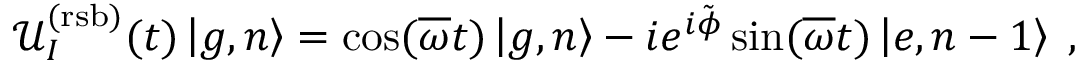
\mathcal { U } _ { I } ^ { ( \mathrm { r s b ) } } ( t ) \left| g , n \right\rangle = \cos ( \overline { { \omega } } t ) \left| g , n \right\rangle - i e ^ { i \tilde { \phi } } \sin ( \overline { { \omega } } t ) \left| e , n - 1 \right\rangle \; ,